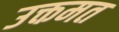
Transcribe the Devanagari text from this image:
उक्तमत